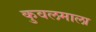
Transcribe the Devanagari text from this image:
कुवलमाला